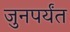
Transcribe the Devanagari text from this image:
जुनपर्यंत